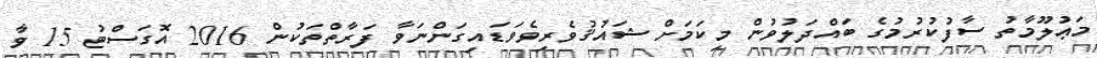
މަޢުލޫމާތު ސާފުކުރުމުގެ ބައްދަލުވުން މިކަމަށް ޝައުޤުވެރިވެވަޑައިގަންނަވާ ފަރާތްތަކުން 2016 އޮގަސްޓު 15 ވާ